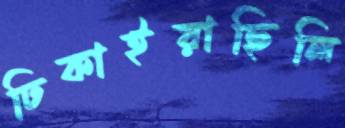
ঢিকাইয়াছিলি